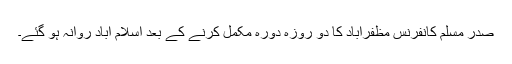
صدر مسلم کانفرنس مظفرآباد کا دو روزہ دورہ مکمل کرنے کے بعد اسلام آباد روانہ ہو گئے۔